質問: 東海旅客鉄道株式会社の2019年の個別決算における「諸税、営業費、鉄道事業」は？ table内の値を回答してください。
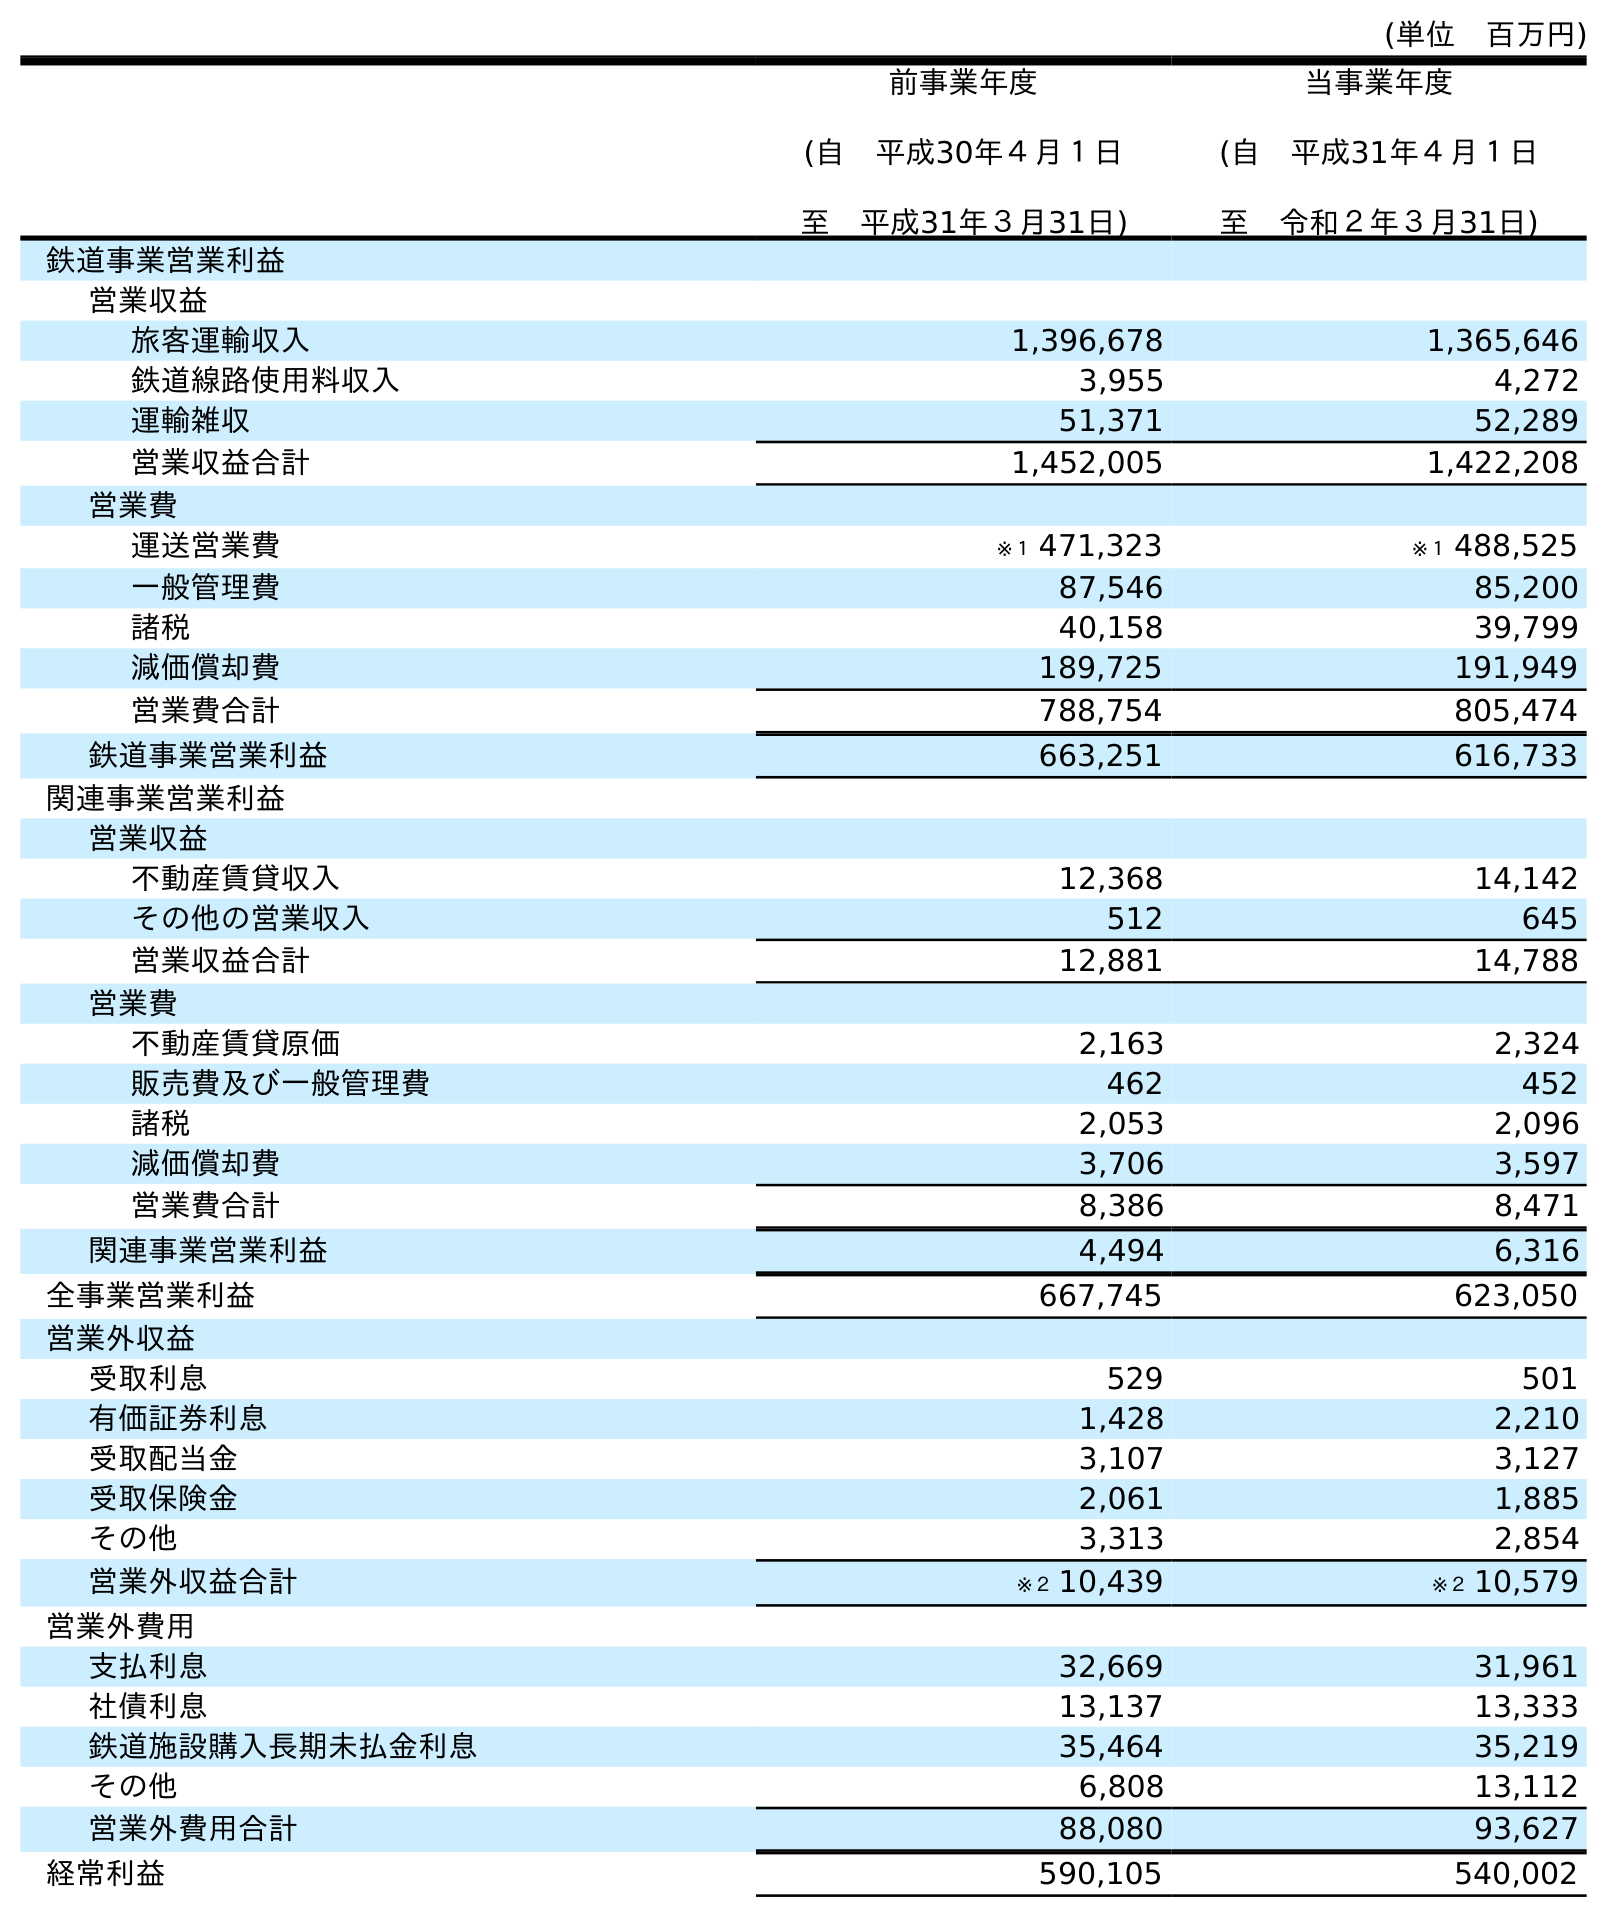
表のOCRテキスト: (単位 百万円) 前事業年度 (自 平成30年４月１日 至 平成31年３月31日) 当事業年度 (自 平成31年４月１日 至 令和２年３月31日) 鉄道事業営業利益 営業収益 旅客運輸収入 1,396,678 1,365,646 鉄道線路使用料収入 3,955 4,272 運輸雑収 51,371 52,289 営業収益合計 1,452,005 1,422,208 営業費 運送営業費 ※１ 471,323 ※１ 488,525 一般管理費 87,546 85,200 諸税 40,158 39,799 減価償却費 189,725 191,949 営業費合計 788,754 805,474 鉄道事業営業利益 663,251 616,733 関連事業営業利益 営業収益 不動産賃貸収入 12,368 14,142 その他の営業収入 512 645 営業収益合計 12,881 14,788 営業費 不動産賃貸原価 2,163 2,324 販売費及び一般管理費 462 452 諸税 2,053 2,096 減価償却費 3,706 3,597 営業費合計 8,386 8,471 関連事業営業利益 4,494 6,316 全事業営業利益 667,745 623,050 営業外収益 受取利息 529 501 有価証券利息 1,428 2,210 受取配当金 3,107 3,127 受取保険金 2,061 1,885 その他 3,313 2,854 営業外収益合計 ※２ 10,439 ※２ 10,579 営業外費用 支払利息 32,669 31,961 社債利息 13,137 13,333 鉄道施設購入長期未払金利息 35,464 35,219 その他 6,808 13,112 営業外費用合計 88,080 93,627 経常利益 590,105 540,002
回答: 40,158